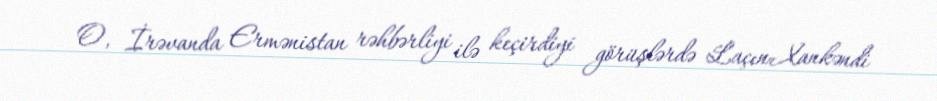
O, İrəvanda Ermənistan rəhbərliyi ilə keçirdiyi görüşlərdə Laçın-Xankəndi